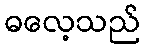
ဓလေ့သည်